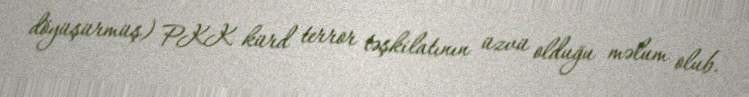
döyüşürmüş) PKK kürd terror təşkilatının üzvü olduğu məlum olub.